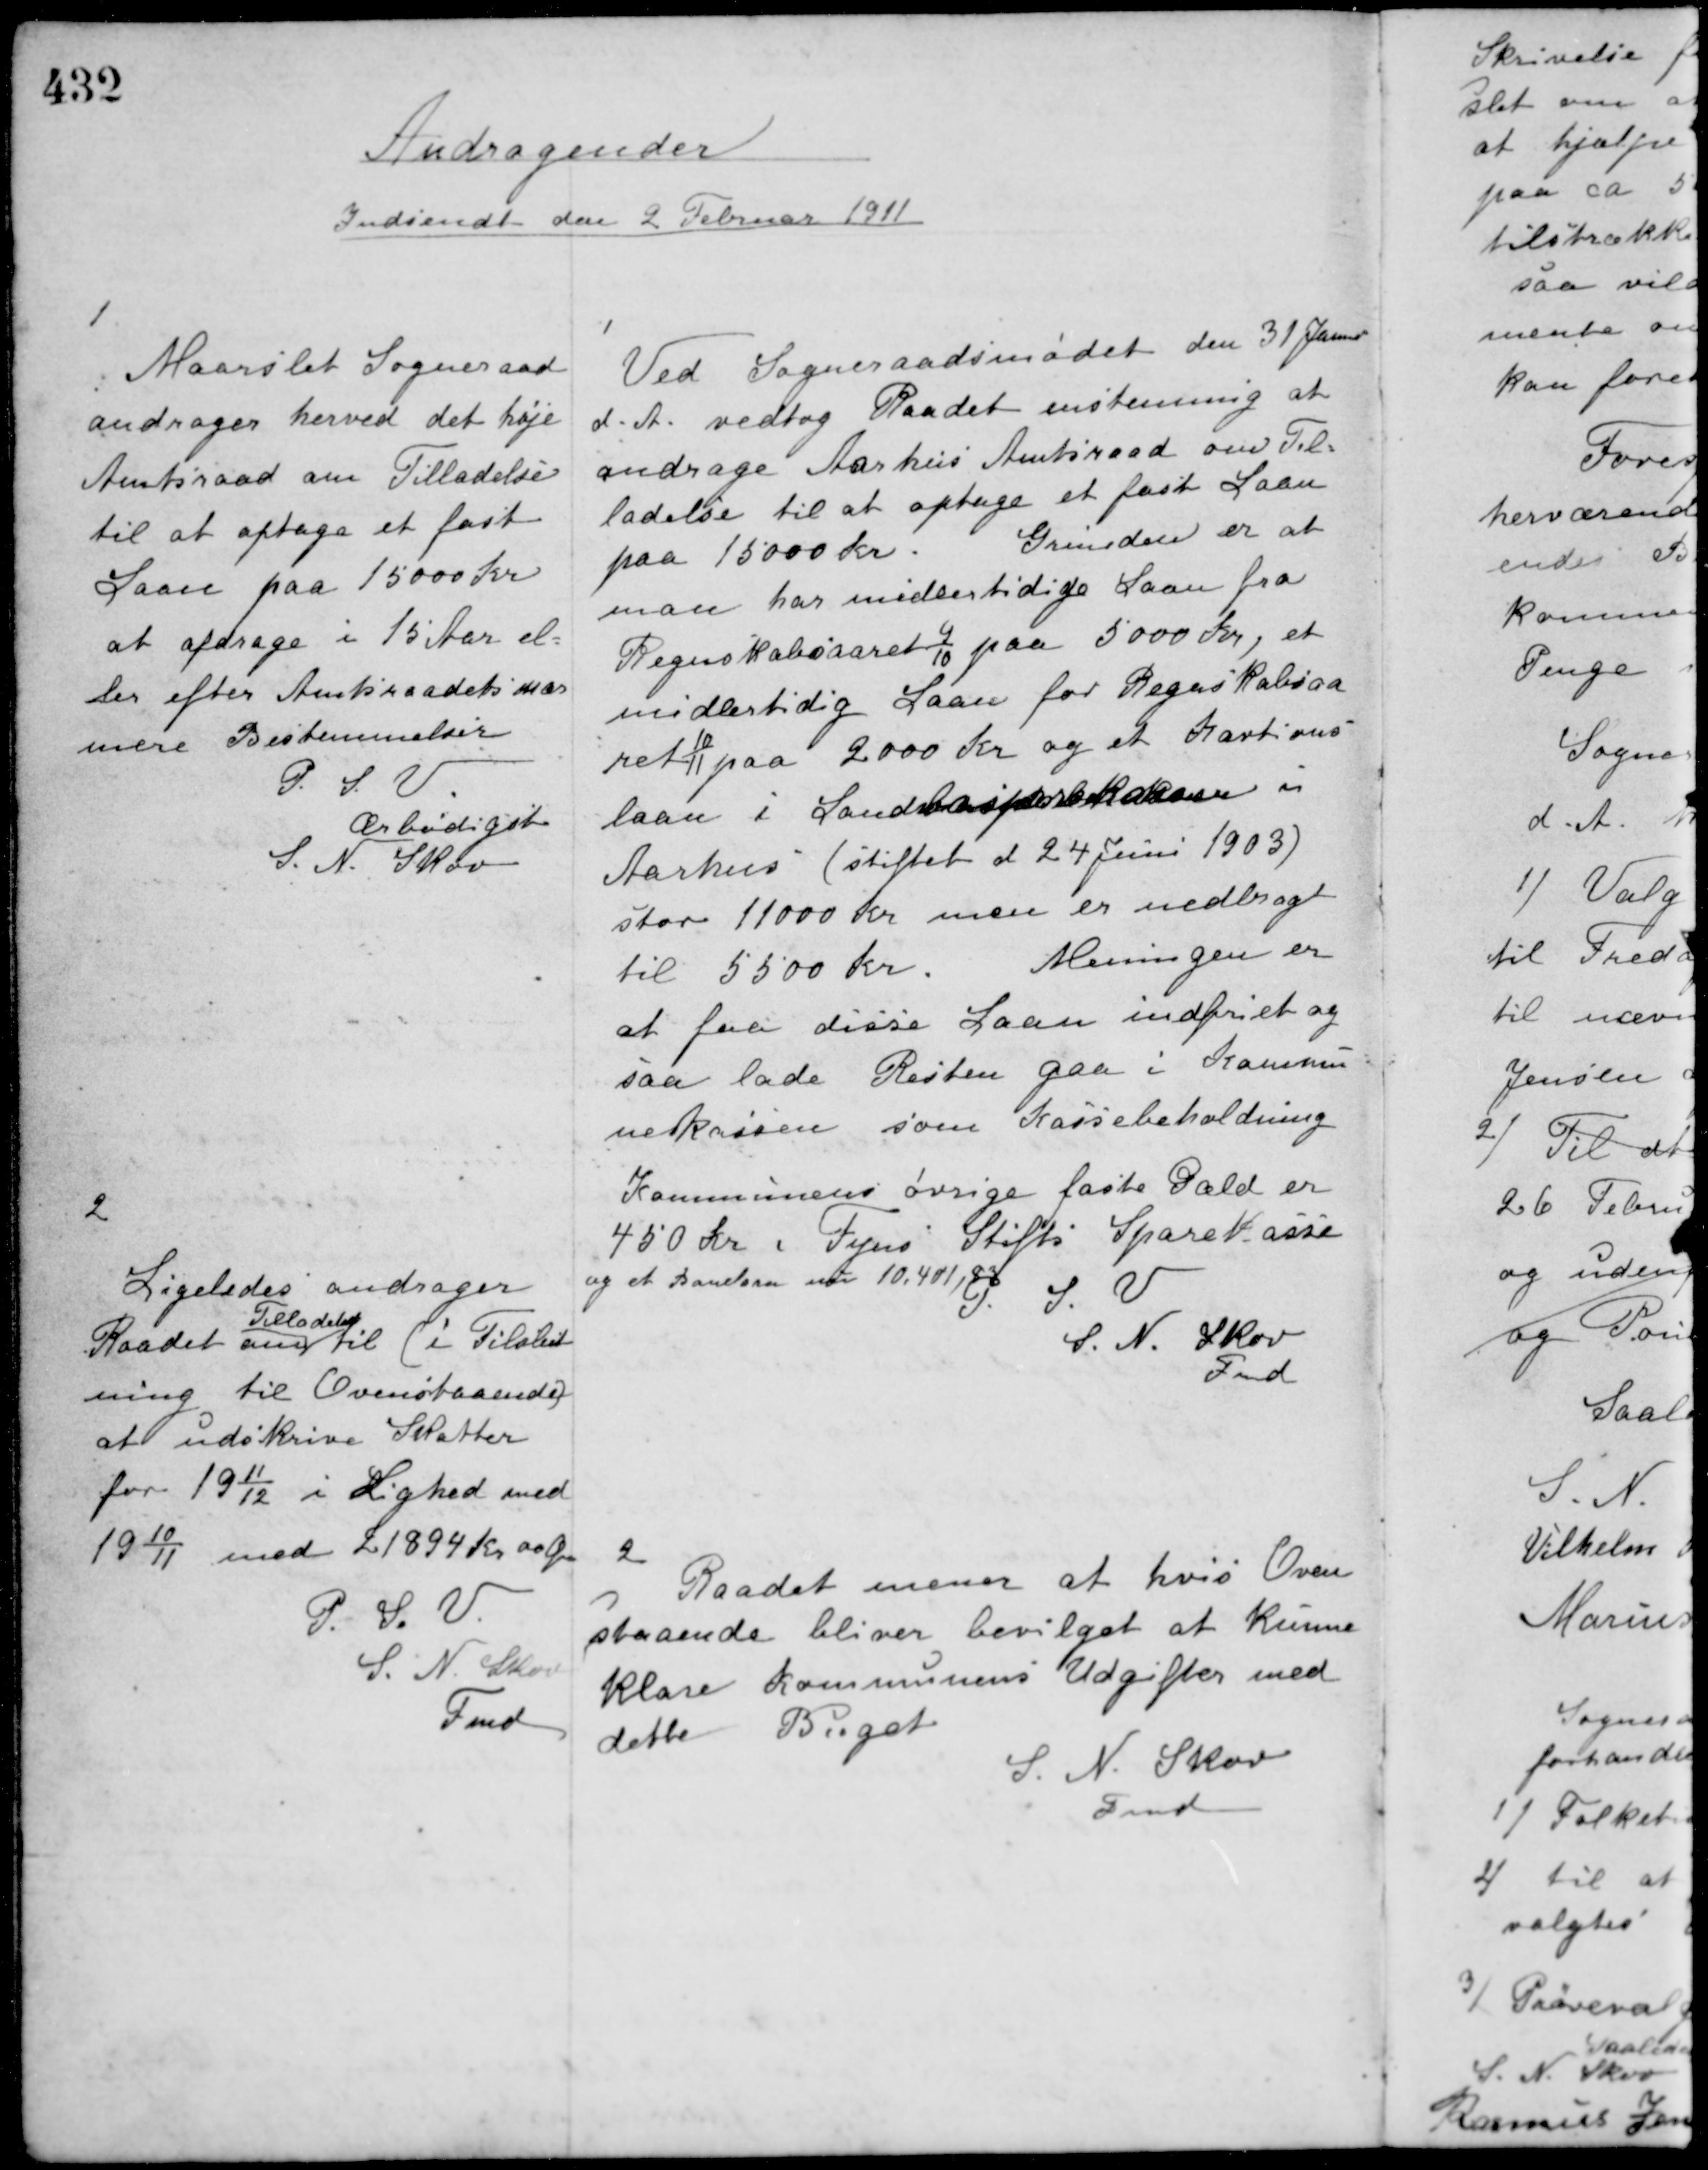
Transskription:
Andragender
Indsendt den 2 Februar 1911

1
Maarslet Sogneraad
andrager herved det høje
Amtsraad om Tilladelse
til at optage et fast
Laan paa 15000 Kr
at afdrage i 15 Aar el-
ler efter Amtsraadets nær-
mere Bestemmelser
P.S.V.
Ærbødigst
S. N. Skov

1
Ved Sogneraadsmødet den 31 Januar
d. A. vedtog Raadet enstemmig at
andrage Aarhus Amtsraad om Til-
ladelse til at optage et fast Laan
paa 15000 Kr. Grunden er at
man har midlertidige Laan fra
Regnskabsaaret 9/10 paa 5000 Kr., et
midlertidig Laan for Regnskabsaa-
ret 10/11 paa 2000 Kr. og et Kautions-
laan i Landbosparekassen i
Aarhus (stiftet d. 24 Juni 1903)
stor 11000 Kr. men er nedbragt
til 5500 Kr. Meningen er
at faa disse Laan indfriet og
saa lade Resten gaa i Kommu-
nekassen som Kassebeholdning.
Kommunens øvrige faste Gæld er
450 Kr. i Fyns Stifts Sparekasse
og et Banklaan nu 10.401,83.
P. S. V.
S. N. Skov
Fmd.

2
Ligeledes andrager
Raadet om
Tilladelse
til (i Tilslut-
ning til Ovenstående)
at udskrive Skatter
for 1911/12 i Lighed med
1910/11 med 21894 Kr. 00 Øre
P. S. V.
S. N. Skov
Fmd.

2
Raadet mener at hvis Oven-
staaende bliver bevilget at kunne
klare Kommunens Udgifter med
dette Budget.
S. N. Skov
Fmd.